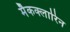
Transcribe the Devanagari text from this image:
मैकक्लारिन